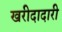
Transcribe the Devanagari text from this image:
खरीदादारी